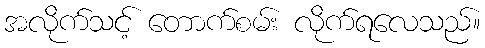
အလိုက်သင့် တောက်စမ်း လိုက်ရလေသည်။